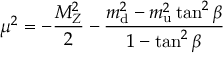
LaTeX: \mu ^ { 2 } = - { \frac { M _ { Z } ^ { 2 } } { 2 } } - \frac { m _ { \mathrm { d } } ^ { 2 } - m _ { \mathrm { u } } ^ { 2 } \tan ^ { 2 } \beta } { 1 - \tan ^ { 2 } \beta }